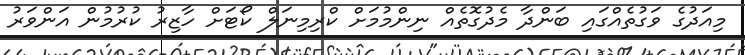
މިއަދުގެ ވަގުތެއްގައި ބަންދާ މެދުގޮތެއް ނިންމުމަށް ކްރިމިނަލް ކޯޓަށް ހާޒިރު ކުރުމުން އަންވަރު